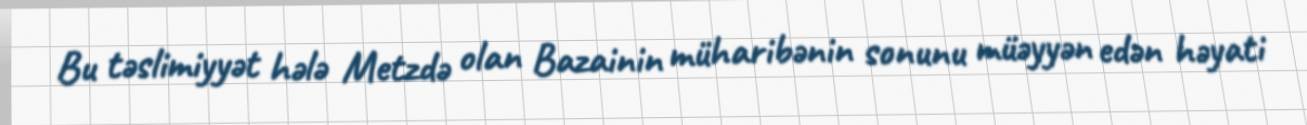
Bu təslimiyyət hələ Metzdə olan Bazainin müharibənin sonunu müəyyən edən həyati